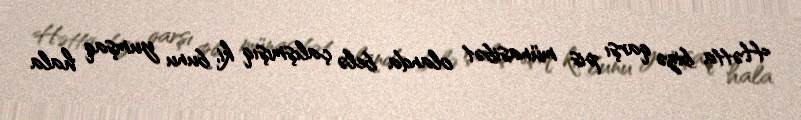
Hətta bizə qarşı pis münasibət olanda belə çalışmışıq ki, bunu yumşaq hala